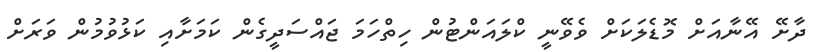
ދާށޭ އޭނާއަށް މޮޑެލަކަށް ވެވޭނީ ކްލައަންޓުން ހިތްހަމަ ޖައްސަދީގެން ކަމަށާއި ކަޅުވުމުން ވަރަށް